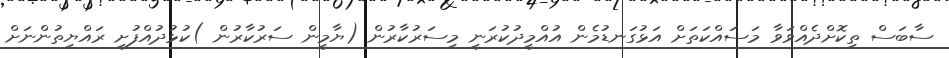
ސާބަސް ތިކޮށްދެއްވަވާ މަސައްކަތަށް އަޅުގަނޑުމެން އުއްމީދުކުރަނީ މިސަރުކާރުން (ޔާމީން ސަރުކާރުން )ކުޅުދުއްފުށީ ރައްޔިތުންނަށް